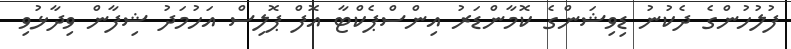
ފުލުހުންގެ ދެކުނު ޑިވިޝަންގެ ކޮމާންޑަރު އިންސްޕެކްޓާ އޮފް ޕޮލިސް އަހުމަދު ޝިފާން ވިދާޅުވި